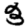
Digit: 3